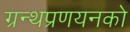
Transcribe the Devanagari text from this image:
ग्रन्थप्रणयनकाे